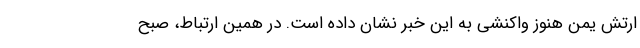
ارتش یمن هنوز واکنشی به این خبر نشان داده است. در همین ارتباط، صبح